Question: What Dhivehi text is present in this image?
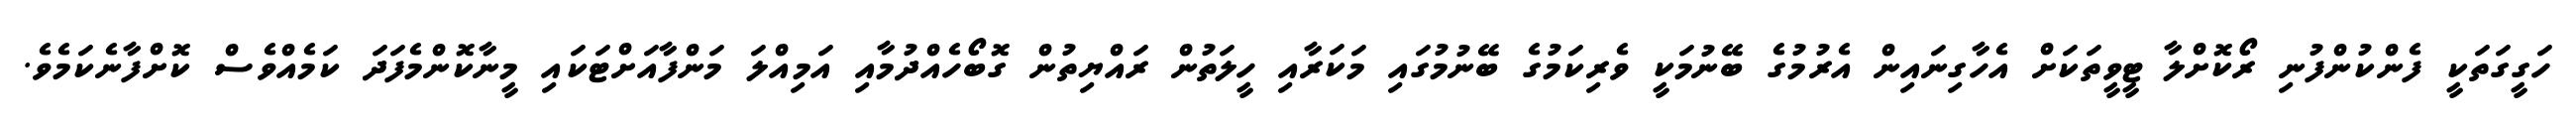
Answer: ހަގީގަތަކީ ފެންކުންފުނި ރޯކޮށްލާ ޓީވީތަކަށް އެހާގިނައިން އެރުމުގެ ބޭނުމަކީ ވެރިކަމުގެ ބޭނުމުގައި މަކަރާއި ހީލަތުން ރައްޔިތުން ގޮބޯހެއްދުމާއި އަމިއްލަ މަންފާއަށްޓަކައި މީނާކޮންމެފަދަ ކަމެއްވެސް ކޮށްފާނެކަމެވެ.